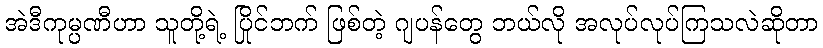
အဲဒီကုမ္ပဏီဟာ သူတို့ရဲ့ ပြိုင်ဘက် ဖြစ်တဲ့ ဂျပန်တွေ ဘယ်လို အလုပ်လုပ်ကြသလဲဆိုတာ